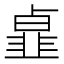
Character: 𩐃